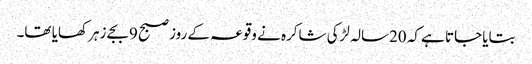
بتایا جاتا ہے کہ 20سالہ لڑکی شاکرہ نے وقوعہ کے روز صبح 9بجے زہر کھایا تھا۔